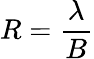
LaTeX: R={\frac{\lambda}{B}}